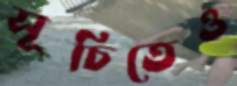
সূচিতেও